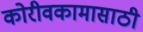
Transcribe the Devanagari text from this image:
कोरीवकामासाठी